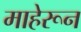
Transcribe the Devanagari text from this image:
माहेरून